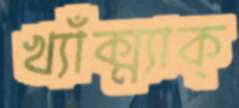
খ্যাঁক্‌ম্যাক্‌